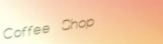
Coffee Shop